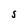
Character: S